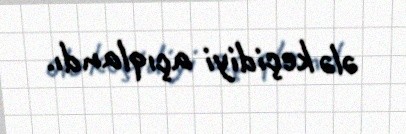
ələ keçidiyi açıqlandı.